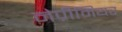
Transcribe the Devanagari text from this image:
नेप्रीमियर